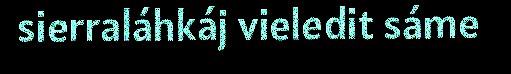
sierraláhkáj vieledit sáme